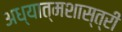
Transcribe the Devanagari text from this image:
अध्यात्मशास्त्री